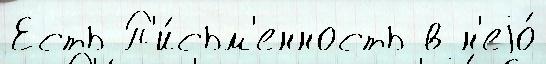
Есть П'и́сьм'енность в н'еjо́